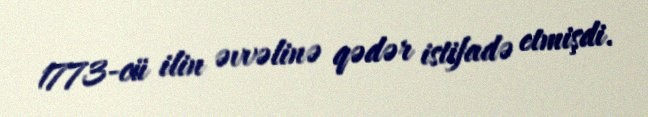
1773-cü ilin əvvəlinə qədər istifadə etmişdi.